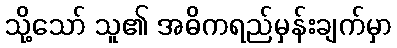
သို့သော် သူ၏ အဓိကရည်မှန်းချက်မှာ